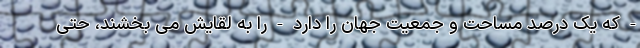
- که یک درصد مساحت و جمعیت جهان را دارد - را به لقایش می بخشند، حتی